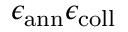
\epsilon _ { \mathrm { a n n } } \epsilon _ { \mathrm { c o l l } }